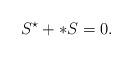
LaTeX: \begin{align*} S^{\star} + \ast S = 0.\end{align*}